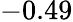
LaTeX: -0.49